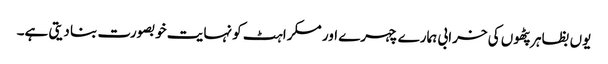
یوں بظاہر پٹھوں کی خرابی ہمارے چہرے اور مسکراہٹ کو نہایت خوبصورت بنا دیتی ہے۔